Civil Veterinary Department. United Provinces 1923-31 - 1923-1931
Year: 1923
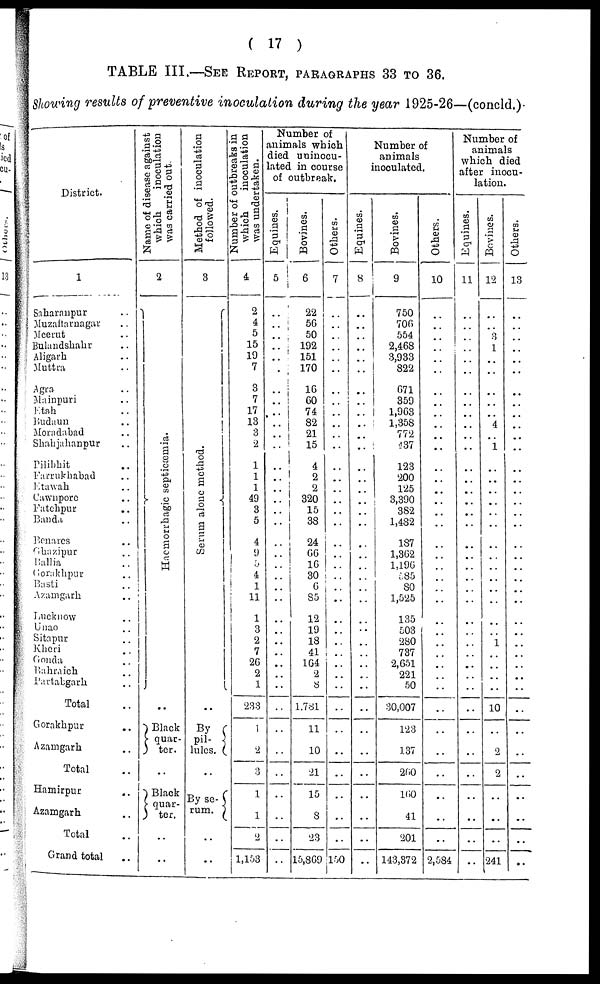
( 17 )
TABLE III.—SEE REPORT, PARAGRAPHS 33 TO 36.
Showing results of preventive inoculation during the year 1925-26—(concld.)
District.
1
Saharanpur ..
Muzaffarnagar ..
Meerut ..
Bulandshahr ..
Aligarh ..
Muttra ..
Agra ..
Mainpuri ..
Etah ..
Budaun ..
Moradabad ..
Shahjahanpur ..
Pilibhit ..
Farrukhabad ..
Etawah ..
Cawnpore ..
Fatehpur ..
Banda ..
Benares ..
Ghazipur ..
Ballia ..
Gorakhpur ..
Basti ..
Azamgarh ..
Lucknow ..
Unao ..
Sitapur ..
Kheri ..
Gonda ..
Bahraich ..
Partabgarh ..
Total ..
Gorakhpur ..
Azamgarh ..
Total ..
Hamirpur ..
Azamgarh ..
Total ..
Grand total ..
Name of disease against
which inoculation
was carried out.
2
Haemorrhagic septicæmia.
..
Black
quar-
ter.
..
Black
quar-
ter.
..
..
Method of inoculation
followed.
3
Serum alone method.
..
By
pil-
lules.
..
By se-
rum.
..
..
Number of outbreaks in
which inoculation
was undertaken.
4
2
4
5
15
19
7
3
7
17
13
3
2
1
1
1
49
3
5
4
9
5
4
1
11
1
3
2
7
26
2
1
233
1
2
3
1
1
2
1,153
Number of
animals which
died uninocu-
lated in course
of outbreak.
Equines.
5
..
..
..
..
.
..
..
..
..
..
..
..
..
..
..
..
..
..
..
..
..
..
..
..
..
..
..
..
..
..
..
..
..
..
Bovines.
6
22
56
50
192
151
170
16
60
74
82
21
15
4
2
2
320
15
88
24
66
16
30
6
85
12
19
18
41
164
2
8
1,781
11
10
21
15
8
..
15,869
Others.
7
..
..
..
..
..
..
..
..
..
..
..
..
..
..
..
..
..
..
..
..
..
..
..
..
..
..
..
..
..
..
..
..
..
..
..
..
..
..
150
Number of
animals
inoculated.
Equines.
8
..
..
..
..
..
..
..
..
..
..
..
..
..
..
..
..
..
..
..
..
..
..
..
..
..
..
..
..
..
..
..
..
..
..
..
..
..
..
Bovines.
9
750
706
554
2,468
3,933
822
671
359
1,963
1,358
772
437
123
200
125
3,390
382
1,482
187
1,362
1,196
585
80
1,525
135
503
280
737
2,651
221
50
80,007
123
137
260
160
41
201
143,372
Others.
10
..
..
..
..
..
..
..
..
..
..
..
..
..
..
..
..
..
..
..
..
..
..
..
..
..
..
..
..
..
..
..
..
..
..
..
..
..
2,584
Number of
animals
which died
after inocu-
lation.
Equines.
11
..
..
..
..
..
..
..
..
..
..
..
..
..
..
..
..
..
..
..
..
..
..
..
..
..
..
..
..
..
..
..
..
..
..
..
..
..
..
Bovines.
12
..
..
8
1
..
..
..
..
..
4
..
1
..
..
..
..
..
..
..
..
..
..
..
..
..
..
1
..
..
..
..
10
..
2
2
..
..
241
Others.
13
..
..
..
..
..
..
..
..
..
..
..
..
..
..
..
..
..
..
..
..
..
..
..
..
..
..
..
..
..
..
..
..
..
..
..
..
..
..